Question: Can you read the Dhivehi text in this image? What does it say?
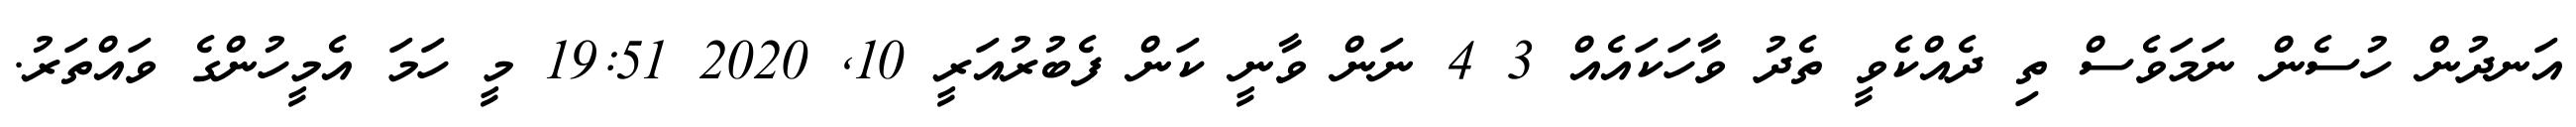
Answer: އަނދުން ހުސެން ނަމަވެސް ތި ދެއްކެވީ ތެދު ވާހަކައެއް 3 4 ނަން ވާނީ ކަން ފެބުރުއަރީ 10, 2020 19:51 މީ ހަމަ އެމީހުންގެ ވައްތަރު.